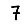
Digit: 7